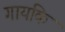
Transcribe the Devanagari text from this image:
गायकि